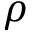
\rho